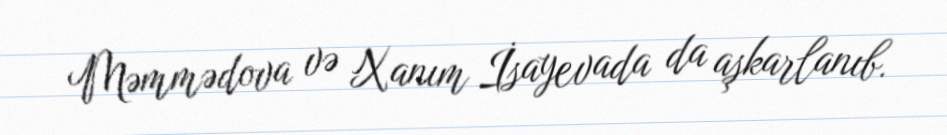
Məmmədova və Xanım İsayevada da aşkarlanıb.